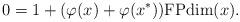
LaTeX: \begin{align*}0=1+(\varphi(x)+\varphi(x^\ast))\mathrm{FPdim}(x).\end{align*}